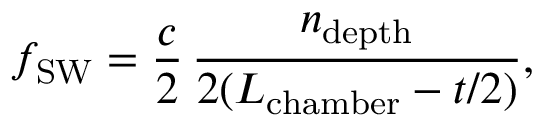
f _ { \mathrm { S W } } = \frac { c } { 2 } \, \frac { n _ { \mathrm { d e p t h } } } { 2 ( L _ { \mathrm { c h a m b e r } } - t / 2 ) } ,